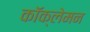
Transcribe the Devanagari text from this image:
कॉक्लेमन